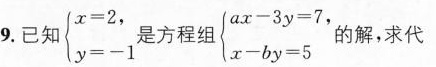
9.已知$$\left\{ \begin{matrix} x = 2, \\ y = -1 \end{matrix} \right.$$是方程组$$ \left\{ \begin{matrix} a x - 3 y = 7, \\ x - b y = 5 \end{matrix} \right.$$的解，求代